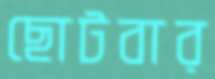
ছোটবার